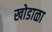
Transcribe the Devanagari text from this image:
खोडाळा